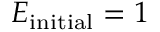
E _ { \mathrm { i n i t i a l } } = 1